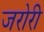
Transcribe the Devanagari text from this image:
जरोरी